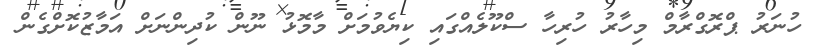
ހުނަރު ޕްރޮގްރާމް މިހާރު ހުރިހާ ސްކޫލެއްގައި ކިޔެވުމަށް މާމޮޅު ނޫން ކުދިންނަށް އަމާޒުކޮށްގެން